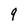
Character: 9